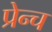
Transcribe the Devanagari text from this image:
प्रेन्च